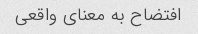
افتضاح به معنای واقعی